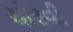
ચોરવી